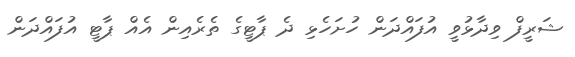
ޝަރީފް ވިދާޅުވީ އުފައްދަން ހުށަހެޅި ދެ ޕާޓީގެ ތެރެއިން އެއް ޕާޓީ އުފައްދަން